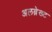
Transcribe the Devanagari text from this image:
अलब्रेख्ट